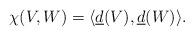
LaTeX: \begin{align*}\chi(V,W) = \langle \underline{d}(V), \underline{d}(W) \rangle.\end{align*}